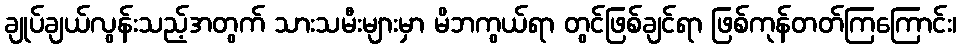
ချုပ်ချယ်လွန်းသည့်အတွက် သားသမီးများမှာ မိဘကွယ်ရာ တွင်ဖြစ်ချင်ရာ ဖြစ်ကုန်တတ်ကြကြောင်း၊